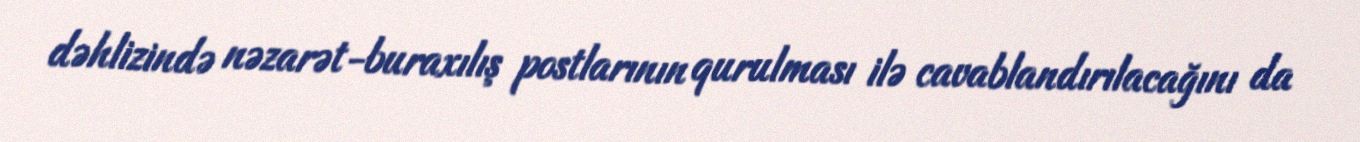
dəhlizində nəzarət-buraxılış postlarının qurulması ilə cavablandırılacağını da